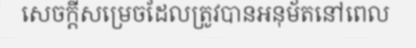
សេចក្តីសម្រេចដែលត្រូវបានអនុម័តនៅពេល